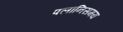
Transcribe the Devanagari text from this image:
पलानिसमय